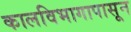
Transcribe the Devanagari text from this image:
कालविभागापासून